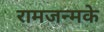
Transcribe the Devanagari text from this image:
रामजन्मके